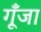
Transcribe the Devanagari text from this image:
गूँजा